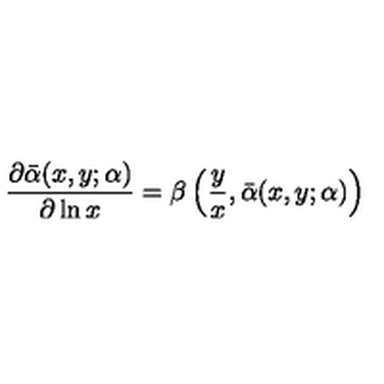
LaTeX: \frac { \partial \bar { \alpha } ( x , y ; \alpha ) } { \partial \ln x } = \beta \left( \frac { y } { x } , \bar { \alpha } ( x , y ; \alpha ) \right)